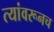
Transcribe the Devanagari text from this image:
त्यांवरूनच